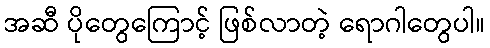
အဆီ ပိုတွေကြောင့် ဖြစ်လာတဲ့ ရောဂါတွေပါ။